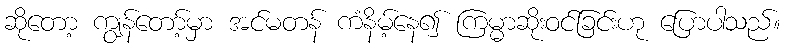
ဆိုတော့ ကျွန်တော့်မှာ အင်မတန် ကံနိမ့်နေ၍ ကြမ္မာဆိုးဝင်ခြင်းဟု ပြောပါသည်။